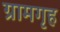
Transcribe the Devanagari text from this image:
ग्रामगृह